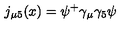
j _ { \mu 5 } ( x ) = \psi ^ { + } \gamma _ { \mu } \gamma _ { 5 } \psi